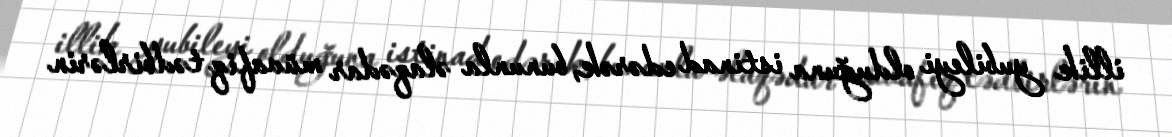
illik yubileyi olduğuna istinad edərək, bununla əlaqədar müvafiq tədbirlərin